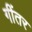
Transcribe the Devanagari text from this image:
गींतर